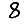
Digit: 8